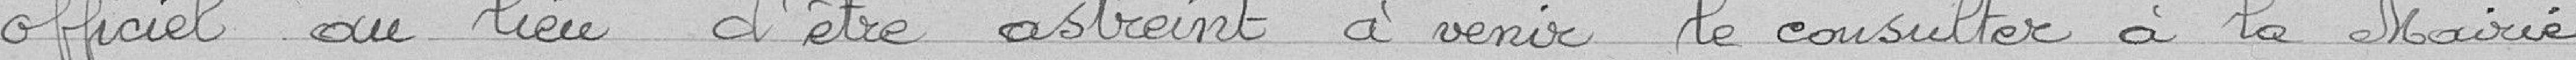
officiel au lieu d'être astreint à venir le consulter à la Mairie;